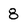
Character: 8